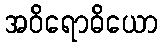
အဝိရောဓိယော